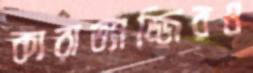
কারাভ্যাজ্জিরও